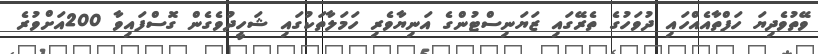
ވޭތުވެދިޔަ ހަފްތާއެއްހައި ދުވަހުގެ ތެރޭގައި ޒަޔަނިސްޓުންގެ އަނިޔާވެރި ހަމަލާތަކުގައި ޝަހީދުވެގެން ގޮސްފައިވާ 200އަށްވުރެ